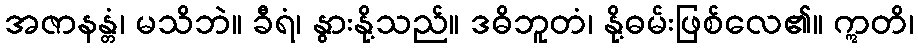
အဇာနန္တံ၊ မသိဘဲ။ ခီရံ၊ နွားနို့သည်။ ဒဓိဘူတံ၊ နို့ဓမ်းဖြစ်လေ၏။ ဣတိ၊